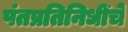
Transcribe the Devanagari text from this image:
पंतप्रतिनिधींचे